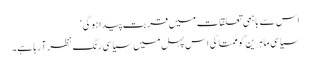
اس سے باہمی تعلقات میں قربت پیدا ہوگی‘
سیاسی ماہرین کو ممتا کی اس پہل میں سیاسی رنگ نظر آ رہا ہے۔